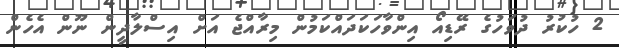
2 ހުކުރު ދުވަހުގެ ރޭޑިއޯ އިންވާހަކަދައްކަމުން މިރާއްޖެ އަށް އިސްލާދީން ނޫން އެހެން